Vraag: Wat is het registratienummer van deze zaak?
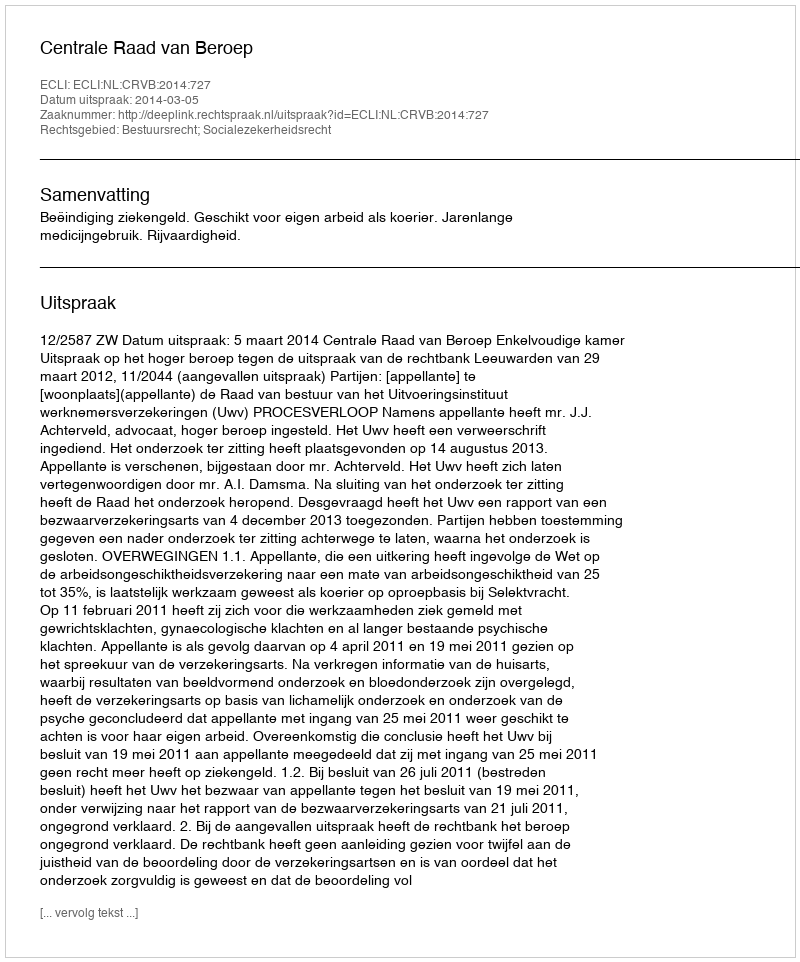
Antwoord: http://deeplink.rechtspraak.nl/uitspraak?id=ECLI:NL:CRVB:2014:727